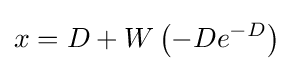
x=D+W\left(-De^{-D}\right)